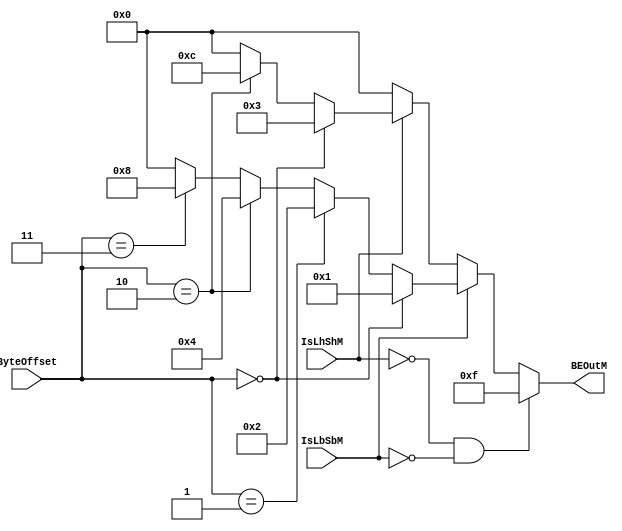
module BECtrl(													//
																// BEOutM  DM 
  input   [1:0] ByteOffset,										//DM
  input         IsLhShM, IsLbSbM,								//IsLhShMLHSH
																//IsLbSbMLBSB
  output  [3:0] BEOutM											//DM
  );
  assign BEOutM = (!IsLhShM && !IsLbSbM) ? 4'b1111:            //ALUOut
                  (IsLbSbM) ?
                    (
                      (ByteOffset == 2'b00) ? 4'b0001 :
                      (ByteOffset == 2'b01) ? 4'b0010 :
                      (ByteOffset == 2'b10) ? 4'b0100 :
                      (ByteOffset == 2'b11) ? 4'b1000 : 4'b0
                    ) :
                  (IsLhShM) ?
                    (
                      (ByteOffset == 2'b00) ? 4'b0011 :
                      (ByteOffset == 2'b10) ? 4'b1100 : 4'b0
                    ) : 4'b0;
endmodule